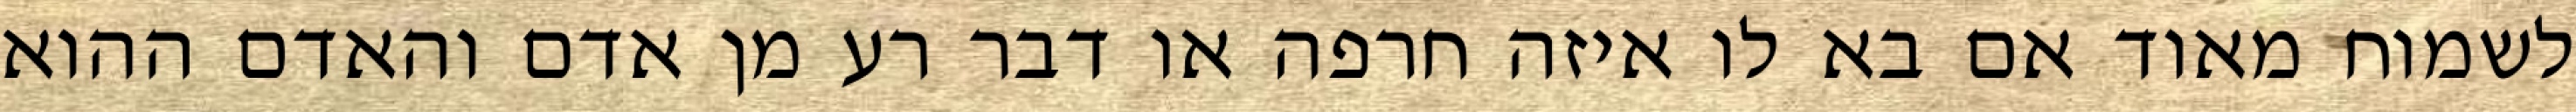
לשמוח מאוד אם בא לו איזה חרפה או דבר רע מן אדם והאדם ההוא